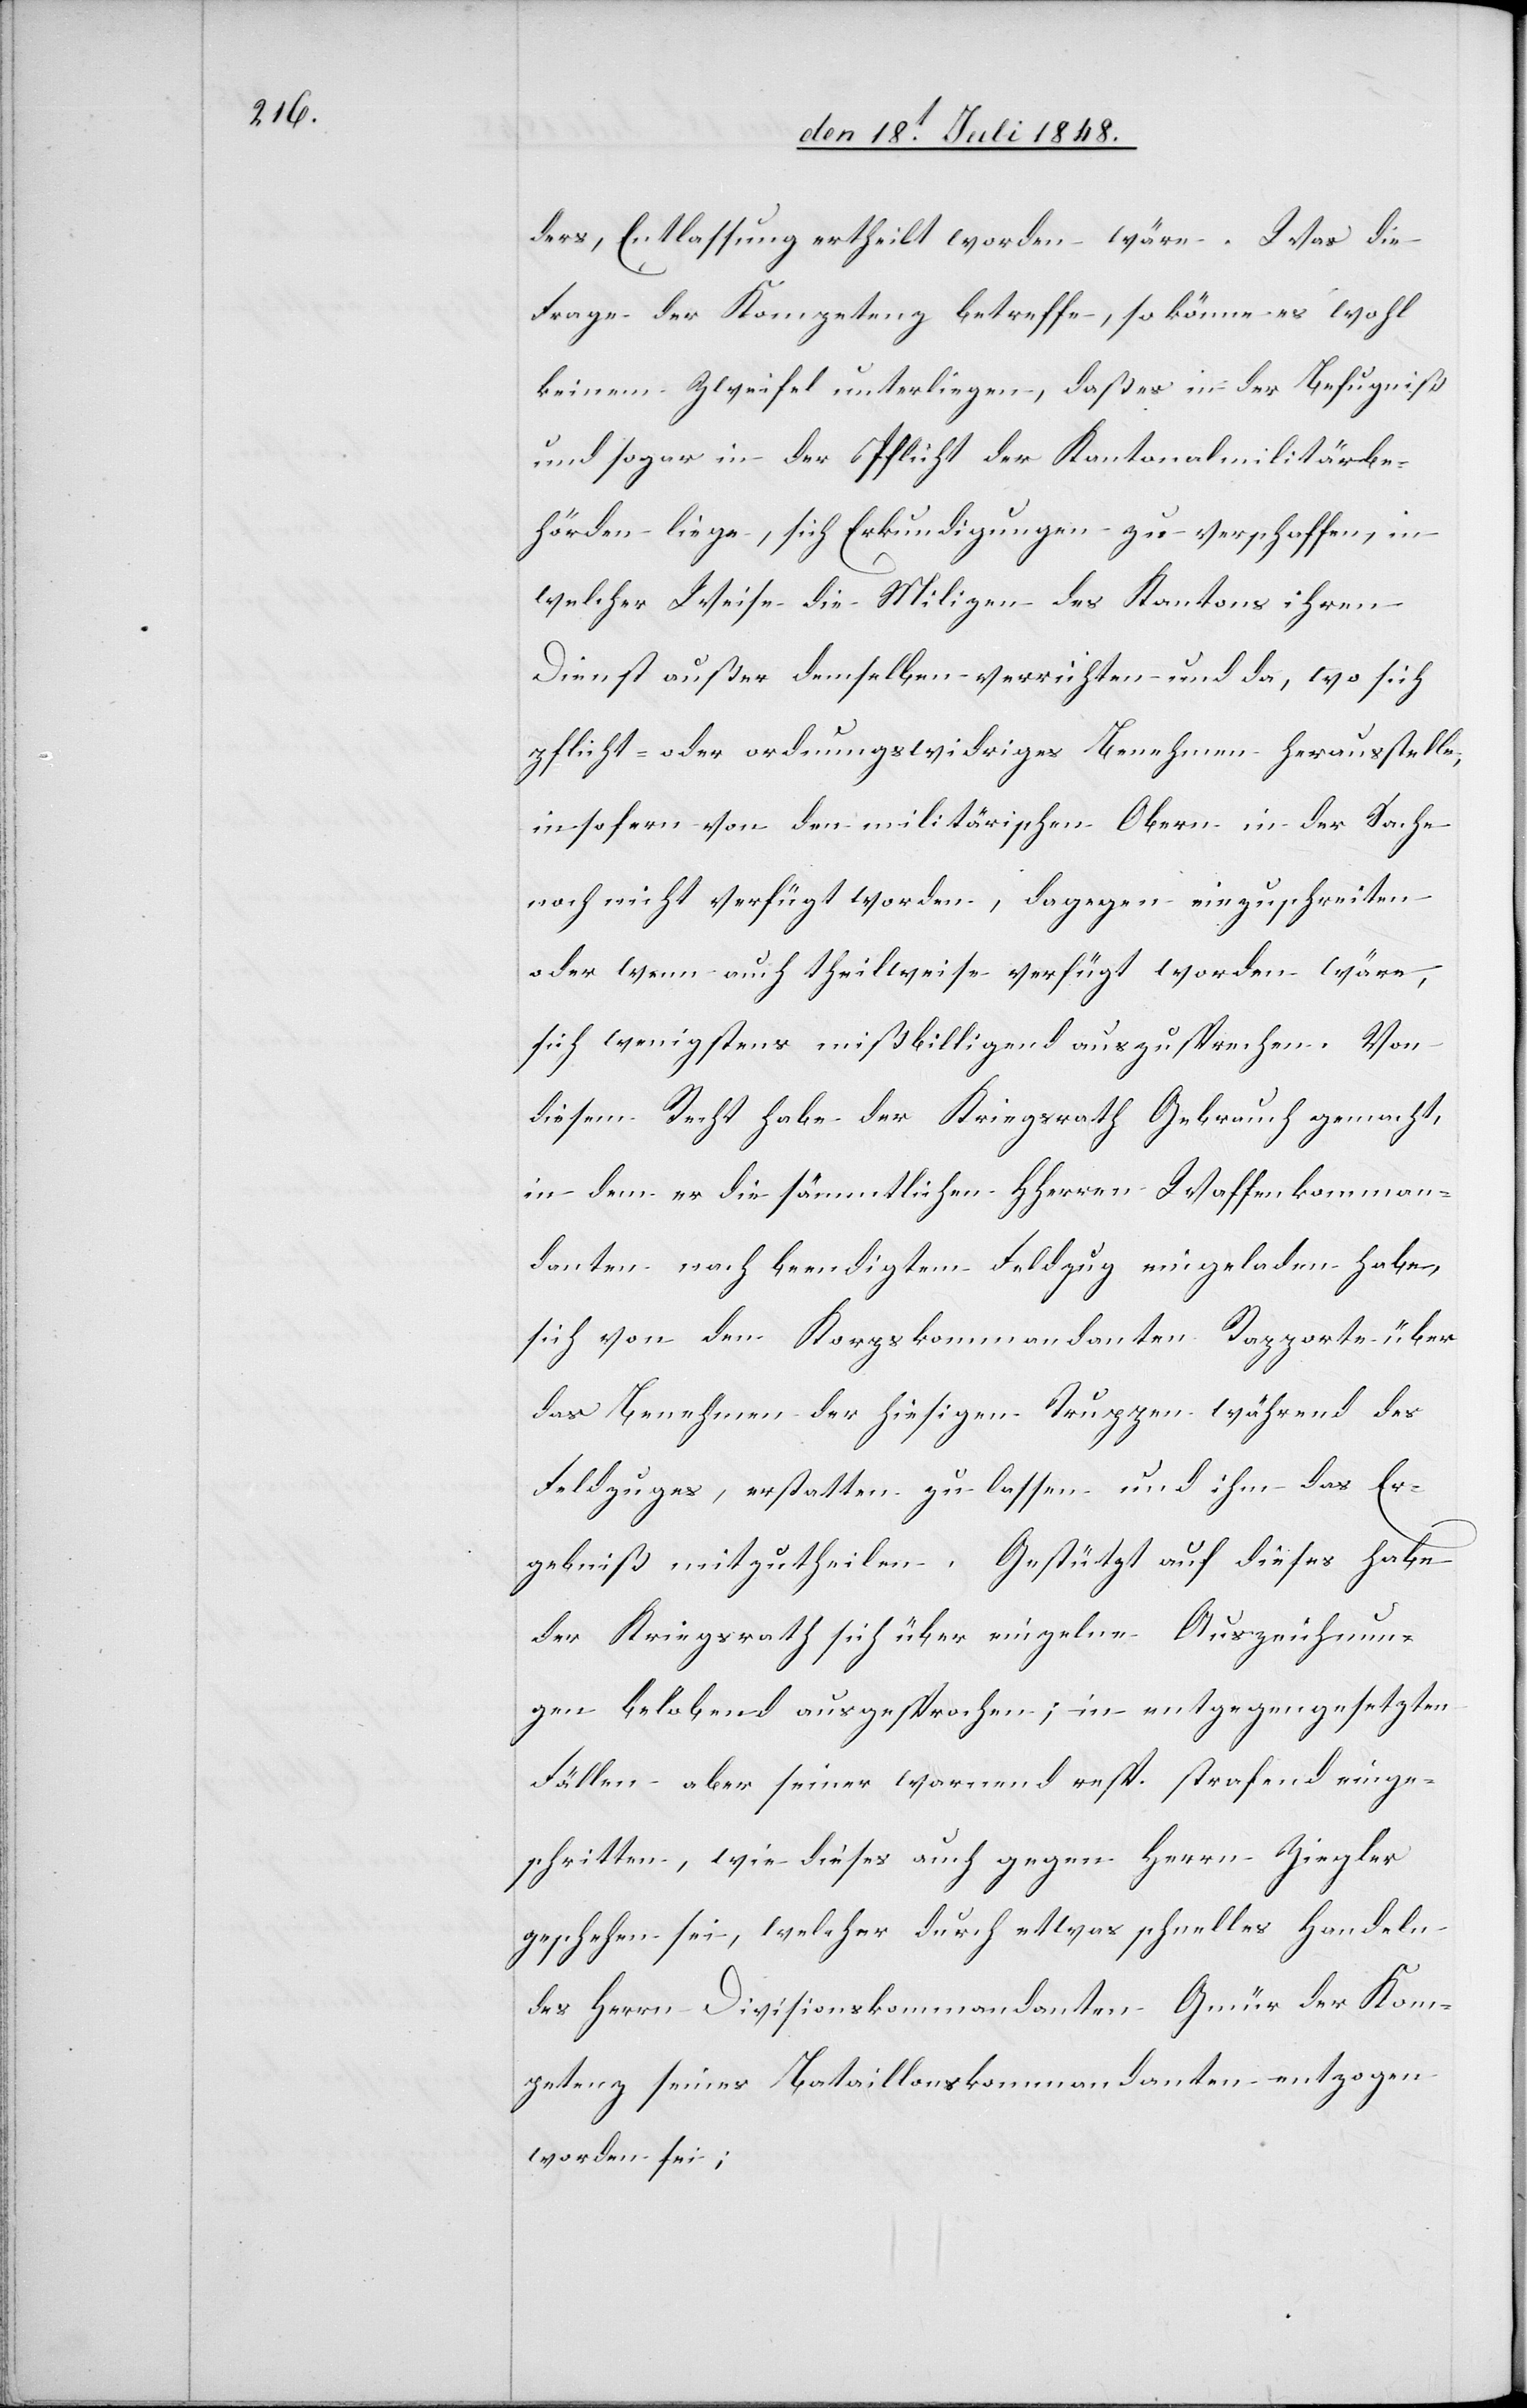
ders, Entlassung ertheilt worden wäre. Was die
Frage der Kompetenz betreffe, so könne es wohl
keinem Zweifeln unterliegen, daß es in der Befugniß
und sogar in der Pflicht der Kantonalmilitärbe¬
hörde liege, sich Erkundigungen zu verschaffen, in
welcher Weise die Milizen des Kantons ihren
Dienst außer demselben verrichten und da, wo sich
pflicht- oder ordnungswidriges Benehmen herausstelle,
insofern von den militärischen Obern in der Sache
noch nicht verfügt worden wäre, sich wenigstens
diesem Recht habe der Kriegsrath Gebrauch gemacht,
in dem er die sämmtlichen HHerren Waffenkomman¬
danten nach beendigtem Feldzug eingeladen habe,
sich von den Korpskommandanten Rapporte über
das Benehmen der hiesigen Truppen während des
Feldzuges, erstatten zu lassen und ihm das Er¬
gebniß mitzutheilen. Gestützt auf dieses habe
der Kriegsrath sich über einzelne Auszeichnun¬
gen belobend ausgesprochen; in entgegengesetzten
Fällen aber seiner warnend resp. strafend einge¬
schritten, wie dieses auch gegen Herrn Ziegler
geschehen sei, welcher durch etwas schnelles Handeln
des Herrn Divisionskommandanten Gmür der Kom¬
petenz seines Bataillonskommandanten entzogen
worden sei;